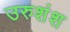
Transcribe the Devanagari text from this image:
उरुशंश